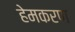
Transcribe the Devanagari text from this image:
हेमकरण